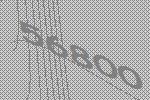
56800